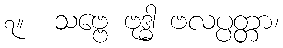
၇။  သဗ္ဗေ ဗုဒ္ဓါ ဗလပ္ပတ္တာ၊